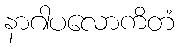
နာဂါပလောကိတံ